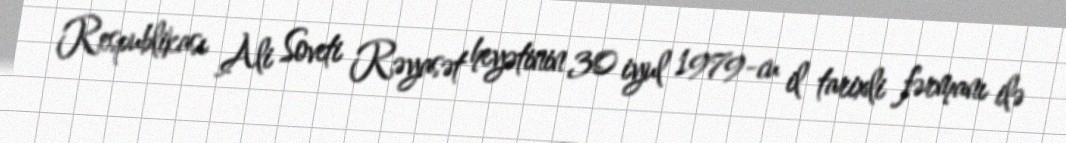
Respublikası Ali Soveti Rəyasət heyətinin 30 iyul 1979-cu il tarixli fərmanı ilə